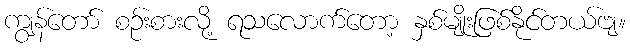
ကျွန်တော် စဉ်းစားလို့ ရသလောက်တော့ နှစ်မျိုးဖြစ်နိုင်တယ်ဗျ။